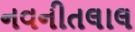
નવનીતલાલ